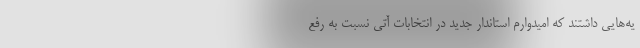
یه‌هایی داشتند که امیدوارم استاندار جدید در انتخابات آتی نسبت به رفع